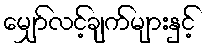
မျှော်လင့်ချက်များနှင့်